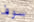
سوف